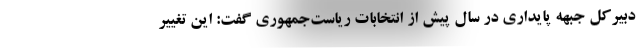
دبیرکل جبهه پایداری در سال پیش از انتخابات ریاست‌جمهوری گفت: این تغییر